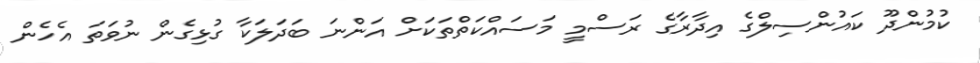
ކުމުންދޫ ކައުންސިލްގެ އިދާރާގެ ރަސްމީ މަސައްކަތްތަކަށް އަންނަ ބަދަލަކާ ގުޅިގެން ނުވަތަ އެހެން